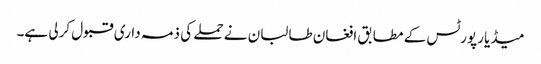
میڈیا رپورٹس کے مطابق افغان طالبان نے حملے کی ذمہ داری قبول کرلی ہے۔